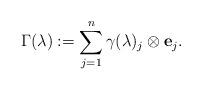
LaTeX: \begin{align*}\Gamma(\lambda) := \sum_{j = 1}^{n} \gamma(\lambda)_{j} \otimes \mathbf{e}_j.\end{align*}